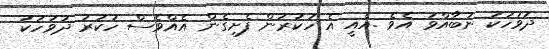
ދުވަހަކު ނުބާއްވަ އެވެ .އެއީ އެ ހުކުރުން ފެށިގެން އެއްވެސް ހުކުރު ދުވަހަކު